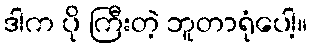
ဒါက ပို ကြီးတဲ့ ဘူတာရုံပေါ့။